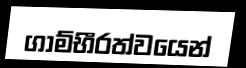
ගාම්භීරත්වයෙන්